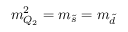
m _ { Q _ { 2 } } ^ { 2 } = m _ { \tilde { s } } = m _ { \tilde { d } }